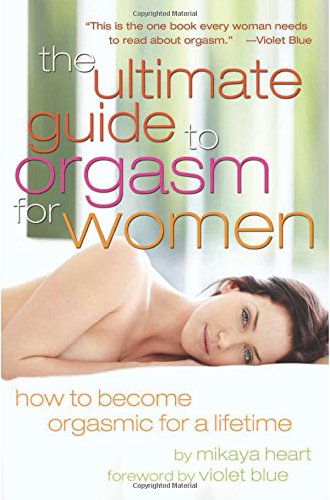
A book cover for The Ultimate Guide to Orgasm for Women: How to Become Orgasmic for a Lifetime; Mikaya Heart; Health, Fitness & Dieting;